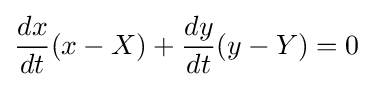
{\frac {dx}{dt}}(x-X)+{\frac {dy}{dt}}(y-Y)=0